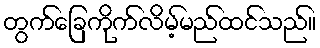
တွက်ခြေကိုက်လိမ့်မည်ထင်သည်။